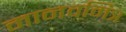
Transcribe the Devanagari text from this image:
मानवमित्र